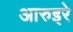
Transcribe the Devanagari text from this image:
आरुइरे